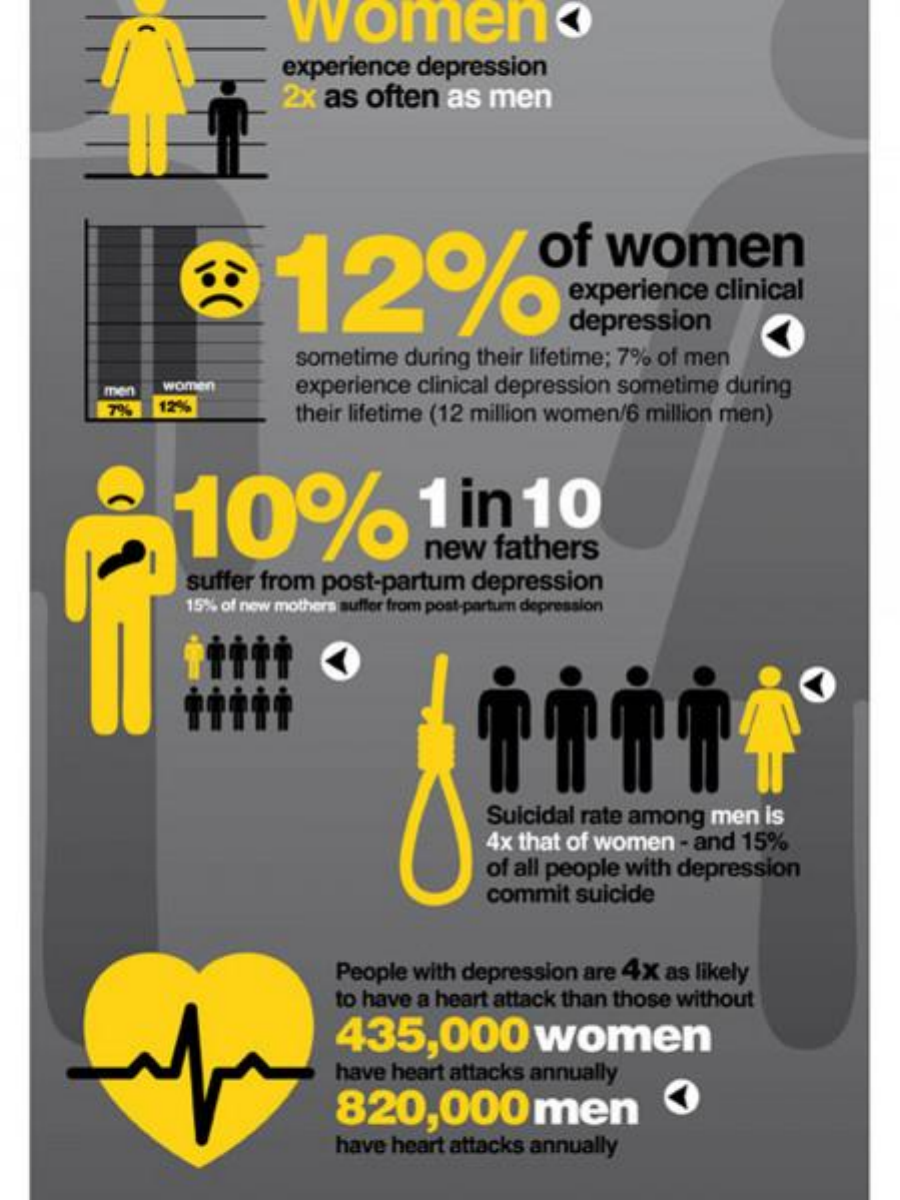
womeno
     experience depression
     2x as often as men
     12%
     of  women
     experience clinical
     depression
     sometime during their lifetime; 7% of men
     men women    experience clinical depression sometime during
     7%  12%    their lifetime (12 million women/6 million men)
     10%    1  in   10
     new  fathers
     suffer from post-partum depression
     15% of new mothers suffer from post-partum depression
     Suicidal rate among men is
     4x that of women - and 15%
     of all people with depression
     commit suicide
     People with depression are 4x as likely
     to have a heart attack than those without
     435,000    women
     have heart attacks annually
     820,000    men
     have heart attacks annually